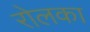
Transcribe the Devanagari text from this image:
रोलका